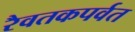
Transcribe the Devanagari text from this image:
रैवतकपर्वत